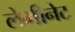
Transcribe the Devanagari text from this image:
लेमीनेट